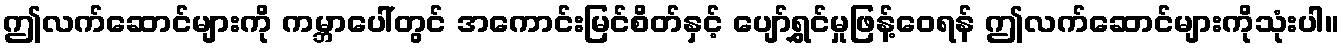
ဤလက်ဆောင်များကို ကမ္ဘာပေါ်တွင် အကောင်းမြင်စိတ်နှင့် ပျော်ရွှင်မှုဖြန့်ဝေရန် ဤလက်ဆောင်များကိုသုံးပါ။